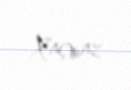
Xaçmaz